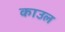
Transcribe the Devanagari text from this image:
काउल